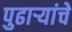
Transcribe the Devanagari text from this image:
पुढाऱ्यांचे